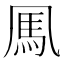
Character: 𩡫